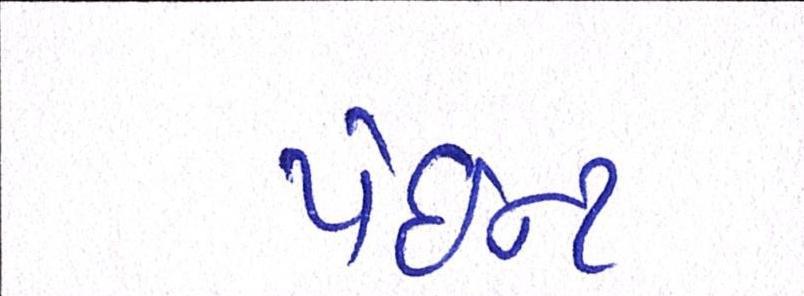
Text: પેઇન્ટ